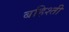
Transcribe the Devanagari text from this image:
बहिश्ती